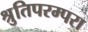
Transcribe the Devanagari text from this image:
श्रुतिपरम्परा